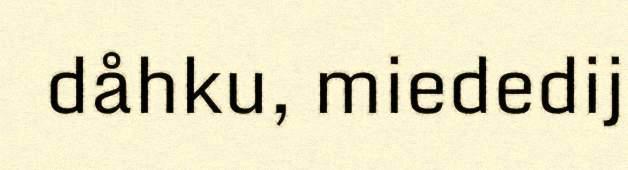
dåhku, miededij